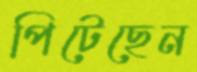
পিটেছেন